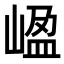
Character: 𡺡